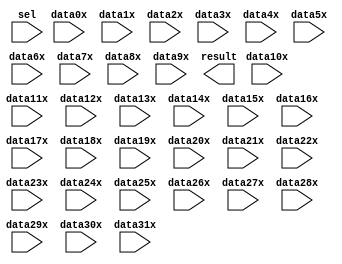
// megafunction wizard: %LPM_MUX%VBB%
// GENERATION: STANDARD
// VERSION: WM1.0
// MODULE: LPM_MUX 

// ============================================================
// Megafunction Name(s):
// 			LPM_MUX
//
// Simulation Library Files(s):
// 			lpm
// ============================================================
// ************************************************************
// THIS IS A WIZARD-GENERATED FILE. DO NOT EDIT THIS FILE!
//
// 13.0.1 Build 232 06/12/2013 SP 1 SJ Web Edition
// ************************************************************

//Copyright (C) 1991-2013 Altera Corporation
//Your use of Altera Corporation's design tools, logic functions 
//and other software and tools, and its AMPP partner logic 
//functions, and any output files from any of the foregoing 
//(including device programming or simulation files), and any 
//associated documentation or information are expressly subject 
//to the terms and conditions of the Altera Program License 
//Subscription Agreement, Altera MegaCore Function License 
//Agreement, or other applicable license agreement, including, 
//without limitation, that your use is for the sole purpose of 
//programming logic devices manufactured by Altera and sold by 
//Altera or its authorized distributors.  Please refer to the 
//applicable agreement for further details.

module lpm_mux0 (
	data0x,
	data10x,
	data11x,
	data12x,
	data13x,
	data14x,
	data15x,
	data16x,
	data17x,
	data18x,
	data19x,
	data1x,
	data20x,
	data21x,
	data22x,
	data23x,
	data24x,
	data25x,
	data26x,
	data27x,
	data28x,
	data29x,
	data2x,
	data30x,
	data31x,
	data3x,
	data4x,
	data5x,
	data6x,
	data7x,
	data8x,
	data9x,
	sel,
	result);

	input	[31:0]  data0x;
	input	[31:0]  data10x;
	input	[31:0]  data11x;
	input	[31:0]  data12x;
	input	[31:0]  data13x;
	input	[31:0]  data14x;
	input	[31:0]  data15x;
	input	[31:0]  data16x;
	input	[31:0]  data17x;
	input	[31:0]  data18x;
	input	[31:0]  data19x;
	input	[31:0]  data1x;
	input	[31:0]  data20x;
	input	[31:0]  data21x;
	input	[31:0]  data22x;
	input	[31:0]  data23x;
	input	[31:0]  data24x;
	input	[31:0]  data25x;
	input	[31:0]  data26x;
	input	[31:0]  data27x;
	input	[31:0]  data28x;
	input	[31:0]  data29x;
	input	[31:0]  data2x;
	input	[31:0]  data30x;
	input	[31:0]  data31x;
	input	[31:0]  data3x;
	input	[31:0]  data4x;
	input	[31:0]  data5x;
	input	[31:0]  data6x;
	input	[31:0]  data7x;
	input	[31:0]  data8x;
	input	[31:0]  data9x;
	input	[4:0]  sel;
	output	[31:0]  result;

endmodule

// ============================================================
// CNX file retrieval info
// ============================================================
// Retrieval info: PRIVATE: INTENDED_DEVICE_FAMILY STRING "Cyclone II"
// Retrieval info: PRIVATE: SYNTH_WRAPPER_GEN_POSTFIX STRING "0"
// Retrieval info: PRIVATE: new_diagram STRING "1"
// Retrieval info: LIBRARY: lpm lpm.lpm_components.all
// Retrieval info: CONSTANT: LPM_SIZE NUMERIC "32"
// Retrieval info: CONSTANT: LPM_TYPE STRING "LPM_MUX"
// Retrieval info: CONSTANT: LPM_WIDTH NUMERIC "32"
// Retrieval info: CONSTANT: LPM_WIDTHS NUMERIC "5"
// Retrieval info: USED_PORT: data0x 0 0 32 0 INPUT NODEFVAL "data0x[31..0]"
// Retrieval info: USED_PORT: data10x 0 0 32 0 INPUT NODEFVAL "data10x[31..0]"
// Retrieval info: USED_PORT: data11x 0 0 32 0 INPUT NODEFVAL "data11x[31..0]"
// Retrieval info: USED_PORT: data12x 0 0 32 0 INPUT NODEFVAL "data12x[31..0]"
// Retrieval info: USED_PORT: data13x 0 0 32 0 INPUT NODEFVAL "data13x[31..0]"
// Retrieval info: USED_PORT: data14x 0 0 32 0 INPUT NODEFVAL "data14x[31..0]"
// Retrieval info: USED_PORT: data15x 0 0 32 0 INPUT NODEFVAL "data15x[31..0]"
// Retrieval info: USED_PORT: data16x 0 0 32 0 INPUT NODEFVAL "data16x[31..0]"
// Retrieval info: USED_PORT: data17x 0 0 32 0 INPUT NODEFVAL "data17x[31..0]"
// Retrieval info: USED_PORT: data18x 0 0 32 0 INPUT NODEFVAL "data18x[31..0]"
// Retrieval info: USED_PORT: data19x 0 0 32 0 INPUT NODEFVAL "data19x[31..0]"
// Retrieval info: USED_PORT: data1x 0 0 32 0 INPUT NODEFVAL "data1x[31..0]"
// Retrieval info: USED_PORT: data20x 0 0 32 0 INPUT NODEFVAL "data20x[31..0]"
// Retrieval info: USED_PORT: data21x 0 0 32 0 INPUT NODEFVAL "data21x[31..0]"
// Retrieval info: USED_PORT: data22x 0 0 32 0 INPUT NODEFVAL "data22x[31..0]"
// Retrieval info: USED_PORT: data23x 0 0 32 0 INPUT NODEFVAL "data23x[31..0]"
// Retrieval info: USED_PORT: data24x 0 0 32 0 INPUT NODEFVAL "data24x[31..0]"
// Retrieval info: USED_PORT: data25x 0 0 32 0 INPUT NODEFVAL "data25x[31..0]"
// Retrieval info: USED_PORT: data26x 0 0 32 0 INPUT NODEFVAL "data26x[31..0]"
// Retrieval info: USED_PORT: data27x 0 0 32 0 INPUT NODEFVAL "data27x[31..0]"
// Retrieval info: USED_PORT: data28x 0 0 32 0 INPUT NODEFVAL "data28x[31..0]"
// Retrieval info: USED_PORT: data29x 0 0 32 0 INPUT NODEFVAL "data29x[31..0]"
// Retrieval info: USED_PORT: data2x 0 0 32 0 INPUT NODEFVAL "data2x[31..0]"
// Retrieval info: USED_PORT: data30x 0 0 32 0 INPUT NODEFVAL "data30x[31..0]"
// Retrieval info: USED_PORT: data31x 0 0 32 0 INPUT NODEFVAL "data31x[31..0]"
// Retrieval info: USED_PORT: data3x 0 0 32 0 INPUT NODEFVAL "data3x[31..0]"
// Retrieval info: USED_PORT: data4x 0 0 32 0 INPUT NODEFVAL "data4x[31..0]"
// Retrieval info: USED_PORT: data5x 0 0 32 0 INPUT NODEFVAL "data5x[31..0]"
// Retrieval info: USED_PORT: data6x 0 0 32 0 INPUT NODEFVAL "data6x[31..0]"
// Retrieval info: USED_PORT: data7x 0 0 32 0 INPUT NODEFVAL "data7x[31..0]"
// Retrieval info: USED_PORT: data8x 0 0 32 0 INPUT NODEFVAL "data8x[31..0]"
// Retrieval info: USED_PORT: data9x 0 0 32 0 INPUT NODEFVAL "data9x[31..0]"
// Retrieval info: USED_PORT: result 0 0 32 0 OUTPUT NODEFVAL "result[31..0]"
// Retrieval info: USED_PORT: sel 0 0 5 0 INPUT NODEFVAL "sel[4..0]"
// Retrieval info: CONNECT: @data 0 0 32 0 data0x 0 0 32 0
// Retrieval info: CONNECT: @data 0 0 32 320 data10x 0 0 32 0
// Retrieval info: CONNECT: @data 0 0 32 352 data11x 0 0 32 0
// Retrieval info: CONNECT: @data 0 0 32 384 data12x 0 0 32 0
// Retrieval info: CONNECT: @data 0 0 32 416 data13x 0 0 32 0
// Retrieval info: CONNECT: @data 0 0 32 448 data14x 0 0 32 0
// Retrieval info: CONNECT: @data 0 0 32 480 data15x 0 0 32 0
// Retrieval info: CONNECT: @data 0 0 32 512 data16x 0 0 32 0
// Retrieval info: CONNECT: @data 0 0 32 544 data17x 0 0 32 0
// Retrieval info: CONNECT: @data 0 0 32 576 data18x 0 0 32 0
// Retrieval info: CONNECT: @data 0 0 32 608 data19x 0 0 32 0
// Retrieval info: CONNECT: @data 0 0 32 32 data1x 0 0 32 0
// Retrieval info: CONNECT: @data 0 0 32 640 data20x 0 0 32 0
// Retrieval info: CONNECT: @data 0 0 32 672 data21x 0 0 32 0
// Retrieval info: CONNECT: @data 0 0 32 704 data22x 0 0 32 0
// Retrieval info: CONNECT: @data 0 0 32 736 data23x 0 0 32 0
// Retrieval info: CONNECT: @data 0 0 32 768 data24x 0 0 32 0
// Retrieval info: CONNECT: @data 0 0 32 800 data25x 0 0 32 0
// Retrieval info: CONNECT: @data 0 0 32 832 data26x 0 0 32 0
// Retrieval info: CONNECT: @data 0 0 32 864 data27x 0 0 32 0
// Retrieval info: CONNECT: @data 0 0 32 896 data28x 0 0 32 0
// Retrieval info: CONNECT: @data 0 0 32 928 data29x 0 0 32 0
// Retrieval info: CONNECT: @data 0 0 32 64 data2x 0 0 32 0
// Retrieval info: CONNECT: @data 0 0 32 960 data30x 0 0 32 0
// Retrieval info: CONNECT: @data 0 0 32 992 data31x 0 0 32 0
// Retrieval info: CONNECT: @data 0 0 32 96 data3x 0 0 32 0
// Retrieval info: CONNECT: @data 0 0 32 128 data4x 0 0 32 0
// Retrieval info: CONNECT: @data 0 0 32 160 data5x 0 0 32 0
// Retrieval info: CONNECT: @data 0 0 32 192 data6x 0 0 32 0
// Retrieval info: CONNECT: @data 0 0 32 224 data7x 0 0 32 0
// Retrieval info: CONNECT: @data 0 0 32 256 data8x 0 0 32 0
// Retrieval info: CONNECT: @data 0 0 32 288 data9x 0 0 32 0
// Retrieval info: CONNECT: @sel 0 0 5 0 sel 0 0 5 0
// Retrieval info: CONNECT: result 0 0 32 0 @result 0 0 32 0
// Retrieval info: GEN_FILE: TYPE_NORMAL lpm_mux0.v TRUE
// Retrieval info: GEN_FILE: TYPE_NORMAL lpm_mux0.inc FALSE
// Retrieval info: GEN_FILE: TYPE_NORMAL lpm_mux0.cmp FALSE
// Retrieval info: GEN_FILE: TYPE_NORMAL lpm_mux0.bsf TRUE FALSE
// Retrieval info: GEN_FILE: TYPE_NORMAL lpm_mux0_inst.v FALSE
// Retrieval info: GEN_FILE: TYPE_NORMAL lpm_mux0_bb.v TRUE
// Retrieval info: LIB_FILE: lpm